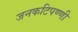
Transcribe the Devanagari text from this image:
जनकटिपण्णी